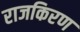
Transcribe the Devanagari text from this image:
राजकिरण